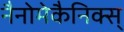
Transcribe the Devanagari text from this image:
नैनोमेकैनिक्स्